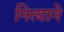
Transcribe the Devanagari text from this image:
नित्याने